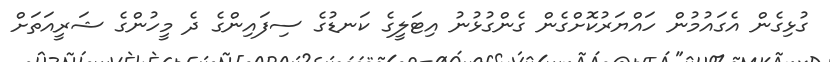
ގުޅިގެން އެގައުމުން ހައްޔަރުކޮށްގެން ގެންގުޅުނު އިޓަލީގެ ކަނޑުގެ ސިފައިންގެ ދެ މީހުންގެ ޝަރީއަތަށް